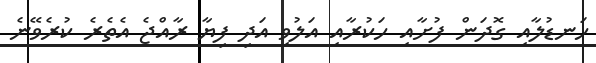
ހަނޑުލާއި ގޮދަން ފުށާއި ހަކުރާއި އަލުވި އަދި ފިޔާ ރާއްޖެ އެތެރެ ކުރެވޭނެ